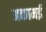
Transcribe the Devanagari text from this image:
अकामई